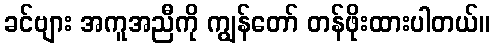
ခင်ဗျား အကူအညီကို ကျွန်တော် တန်ဖိုးထားပါတယ်။